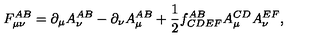
F _ { \mu \nu } ^ { A B } = \partial _ { \mu } A _ { \nu } ^ { A B } - \partial _ { \nu } A _ { \mu } ^ { A B } + \frac { 1 } { 2 } f _ { C D E F } ^ { A B } A _ { \mu } ^ { C D } A _ { \nu } ^ { E F } ,